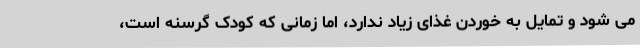
می شود و تمایل به خوردن غذای زیاد ندارد، اما زمانی که کودک گرسنه است،